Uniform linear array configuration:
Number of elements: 12
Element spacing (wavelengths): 0.25
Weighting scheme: uniform
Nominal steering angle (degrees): -60
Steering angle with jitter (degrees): -58.346
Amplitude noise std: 0.05
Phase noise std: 0.05

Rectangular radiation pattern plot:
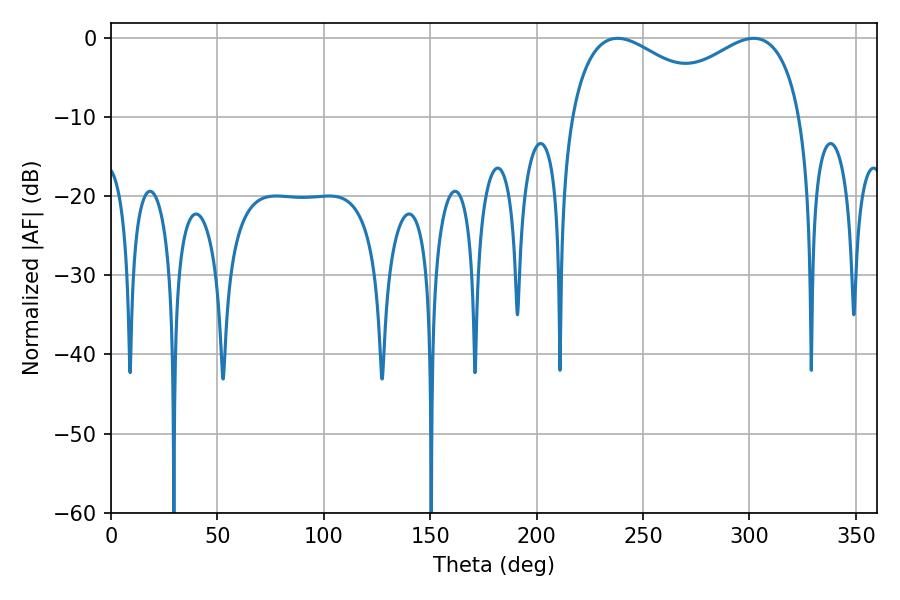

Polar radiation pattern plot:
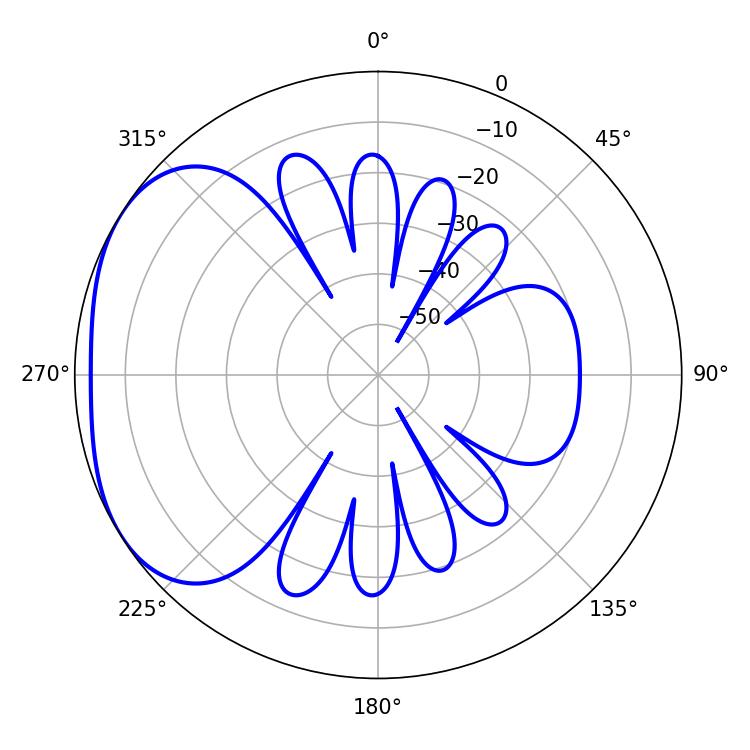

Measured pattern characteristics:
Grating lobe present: FALSE
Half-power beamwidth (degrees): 40.68
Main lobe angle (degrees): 237.96